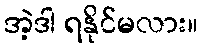
အဲ့ဒါ ရနိုင်မလား။